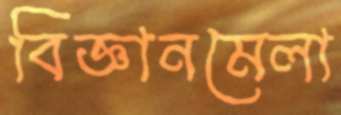
বিজ্ঞানমেলা